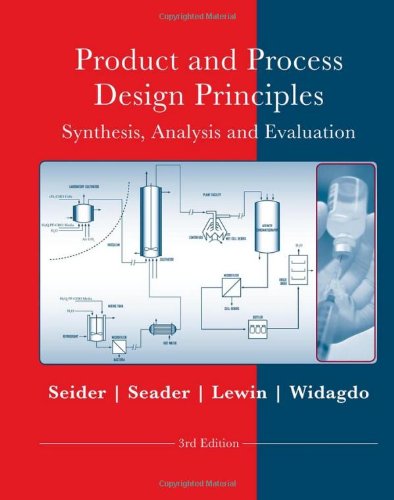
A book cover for Product and Process Design Principles: Synthesis, Analysis and Design; Warren D. Seider; Engineering & Transportation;